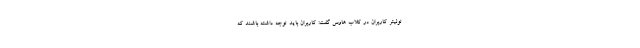
توئیتر کاربران در کلاب هاوس گفت: کاربران باید توجه داشته باشند که